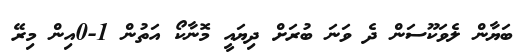
ބަޔާން ލެވަކޫސަން ދެ ވަނަ ބުރަށް ދިޔައީ މޮނާކޯ އަތުން 1-0އިން މިރޭ